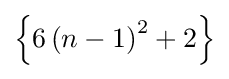
\left\{6\left(n-1\right)^{2}+2\right\}